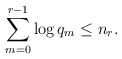
\begin{align*} \sum_{m=0}^{r-1} \log q_m \leq n_r.\end{align*}